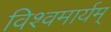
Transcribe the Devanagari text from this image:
विश्वमार्यम्‌